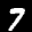
Label: 7